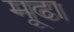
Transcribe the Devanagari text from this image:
मूढा